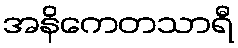
အနိကေတသာရီ